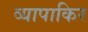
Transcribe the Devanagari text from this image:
व्यापाकिर